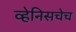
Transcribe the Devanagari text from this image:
व्हेनिसचेच